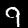
Label: 9